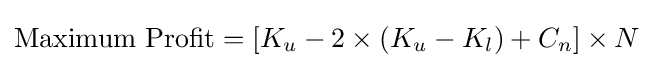
{\text{Maximum Profit}}=\left[K_{u}-2\times \left(K_{u}-K_{l}\right)+C_{n}\right]\times N